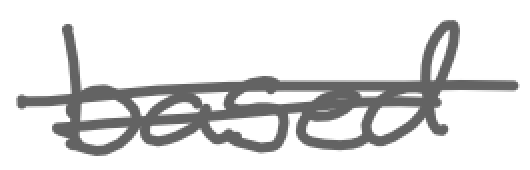
Text: based
Cross-out: wave
Writing tool: digital_gray